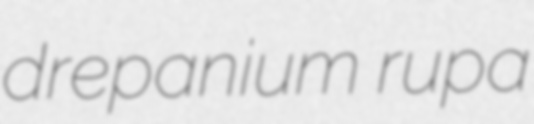
drepanium rupa